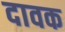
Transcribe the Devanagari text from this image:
दावक